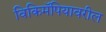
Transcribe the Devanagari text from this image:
विकिमॅपियावरील